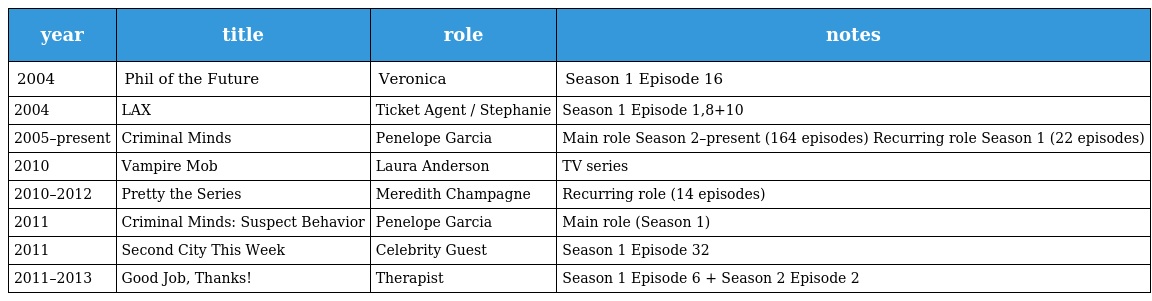
| year | title | role | notes |
 | --- | --- | --- | --- |
 | 2004 | Phil of the Future | Veronica | Season 1 Episode 16 |
 | 2004 | LAX | Ticket Agent / Stephanie | Season 1 Episode 1,8+10 |
 | 2005–present | Criminal Minds | Penelope Garcia | Main role Season 2–present (164 episodes) Recurring role Season 1 (22 episodes) |
 | 2010 | Vampire Mob | Laura Anderson | TV series |
 | 2010–2012 | Pretty the Series | Meredith Champagne | Recurring role (14 episodes) |
 | 2011 | Criminal Minds: Suspect Behavior | Penelope Garcia | Main role (Season 1) |
 | 2011 | Second City This Week | Celebrity Guest | Season 1 Episode 32 |
 | 2011–2013 | Good Job, Thanks! | Therapist | Season 1 Episode 6 + Season 2 Episode 2 |